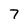
Character: 7